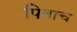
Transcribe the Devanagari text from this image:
पिताच